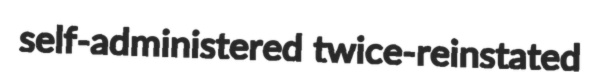
self-administered twice-reinstated